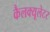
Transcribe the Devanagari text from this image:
कैलक्यूलेटर